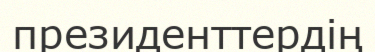
президенттердің